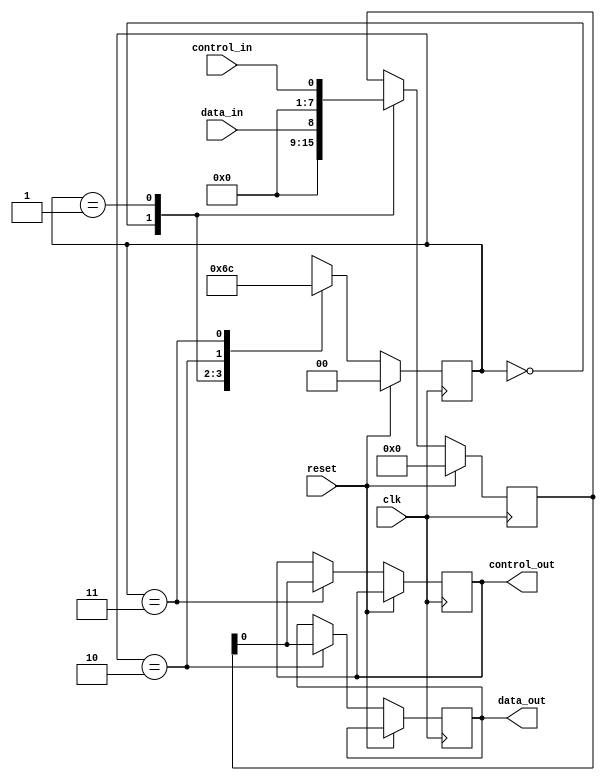
module dual_port_register (
    input clk, // clock signal
    input reset, // reset signal
    input data_in, // data input port
    input control_in, // control input port
    output reg data_out, // data output port
    output reg control_out // control output port
    
);

reg [7:0] reg_data; // register data
reg [1:0] state; // state variable

always @(posedge clk) begin
    if (reset) begin
        reg_data <= 8'd0;
        state <= 2'd0;
    end else begin
        case (state)
            2'd0: begin // write data
                reg_data <= data_in;
                state <= 2'd1;
            end
            2'd1: begin // write control
                reg_data <= control_in;
                state <= 2'd2;
            end
            2'd2: begin // read data
                data_out <= reg_data;
                state <= 2'd3;
            end
            2'd3: begin // read control
                control_out <= reg_data;
                state <= 2'd0;
            end
        endcase
    end
end

endmodule